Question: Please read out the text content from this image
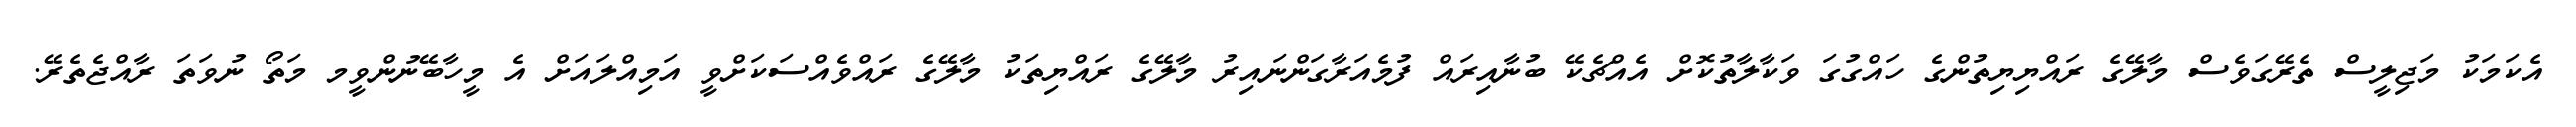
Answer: އެކަމަކު މަޖިލީސް ތެރޭގަވެސް މާލޭގެ ރައްޔިޔިތުންގެ ހައްގުގަ ވަކާލާތުކޮށް އެއްޗެކޭ ބުނާއިރައް ފުމެއަރާގަންނައިރު މާލޭގެ ރައްޔިތަކު މާލޭގެ ރައްވެއްސަކަށްވީ އަމިއްލައަށް އެ މީހާބޭނުންވީމ މަތޯ ނުވަތަ ރާއްޖެތެރޭ.